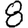
Digit: 8